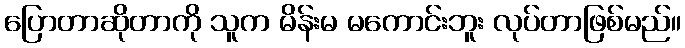
ပြောတာဆိုတာကို သူက မိန်းမ မကောင်းဘူး လုပ်တာဖြစ်မည်။